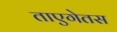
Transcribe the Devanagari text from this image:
ताएगेतस